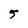
Character: 5